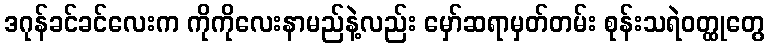
ဒဂုန်ခင်ခင်လေးက ကိုကိုလေးနာမည်နဲ့လည်း မှော်ဆရာမှတ်တမ်း စုန်းသရဲဝတ္ထုတွေ